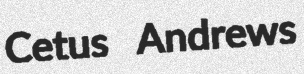
Cetus Andrews